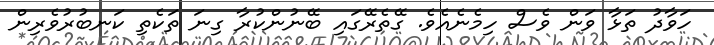
ހަވާދު ތަޅާ ވަން ވެސް ހިމެނެއެވެ. ގޭތެރޭގައި ބޭނުންކުރާ ގިނަ ތަކެތި ކަނބުރުވެރިން